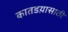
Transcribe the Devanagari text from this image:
कातडय़ासाठी